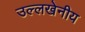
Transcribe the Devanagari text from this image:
उल्‍लखेनीय